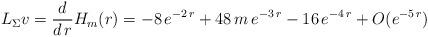
LaTeX: \begin{align*}L_\Sigma v = \frac{d}{d \, r} H_m (r) = - 8 \, e^{- 2 \, r} + 48 \, m \, e^{- 3 \, r} - 16\, e^{- 4 \, r} + O (e^{- 5 \, r})\end{align*}